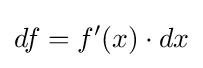
df=f'(x)\cdot dx